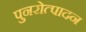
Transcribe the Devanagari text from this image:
पुनरोत्पादन